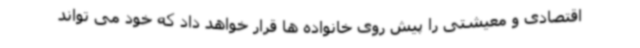
اقتصادی و معیشتی را پیش روی خانواده ها قرار خواهد داد که خود می تواند